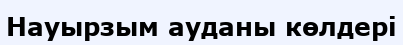
Науырзым ауданы көлдері